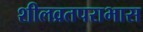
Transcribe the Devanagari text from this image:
शीलव्रतपराभास